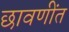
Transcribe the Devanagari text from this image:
छावणींत